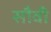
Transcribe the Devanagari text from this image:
सौवी